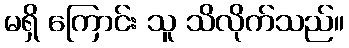
မရှိ ကြောင်း သူ သိလိုက်သည်။